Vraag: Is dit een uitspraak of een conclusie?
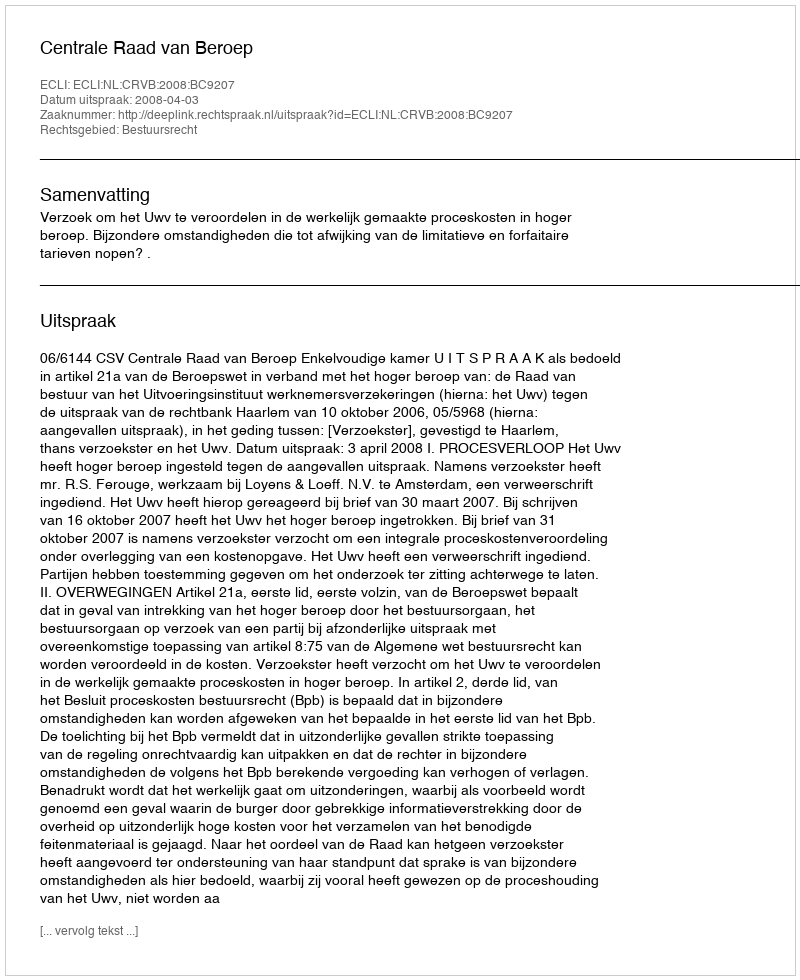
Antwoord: Uitspraak